Medical and sanitary report of the native army of Bengal for the year
Year: 1876
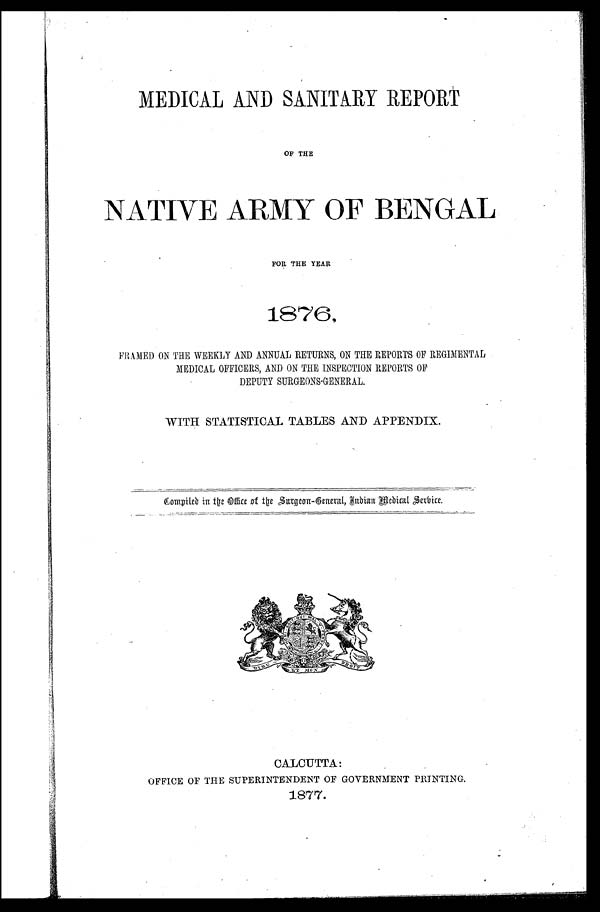
MEDICAL AND SANITARY REPORT
OF THE
NATIVE ARMY OF BENGAL
FOR THE YEAR
1870,
FRAMED ON THE WEEKLY AND ANNUAL RETURNS, ON THE REPORTS OF REGIMENTAL
MEDICAL OFFICERS, AND ON THE INSPECTION REPORTS OF
DEPUTY SURGEONS-GENERAL.
WITH STATISTICAL TABLES AND APPENDIX.
Compiled in the Office of the Surge
on-General Indian Medical Service.
CALCUTTA:
OFFICE OF THE SUPERINTENDENT OF GOVERNMENT PRINTING.
1877.